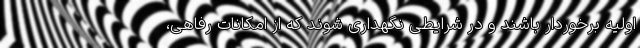
اولیه برخوردار باشند و در شرایطی نگهداری شوند که از امکانات رفاهی،